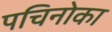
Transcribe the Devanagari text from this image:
पचिनोका